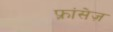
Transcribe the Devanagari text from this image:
फ़्रांसेज़